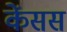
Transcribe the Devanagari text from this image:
केंसस